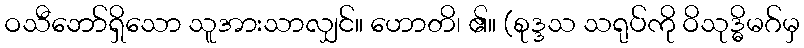
ဝသီဘော်ရှိသော သူအားသာလျှင်။ ဟောတိ၊ ၏။ (စုဒ္ဒသ သရုပ်ကို ဝိသုဒ္ဓိမဂ်မှ